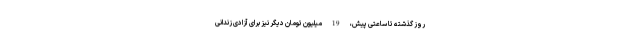
روز گذشته تا ساعتی پیش، 19 میلیون تومان دیگر نیز برای آزادی زندانی